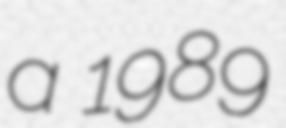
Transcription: a 1989